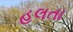
હલતા